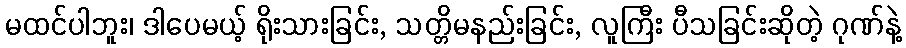
မထင်ပါဘူး၊ ဒါပေမယ့် ရိုးသားခြင်း, သတ္တိမနည်းခြင်း, လူကြီး ပီသခြင်းဆိုတဲ့ ဂုဏ်နဲ့